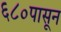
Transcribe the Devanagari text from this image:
६८०पासून